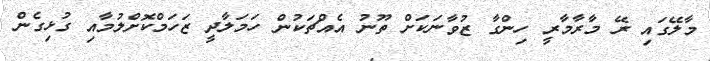
މާލޭގައި ރޭ މާރާމާރީ ހިންގާ ޒުވާނަކަށް ތޫނު އެއްޗަކުން ހަމަލާދީ ޒަހަމްކޮށްލުމާއި ގުޅިގެން